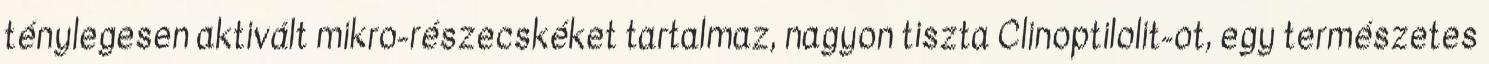
ténylegesen aktivált mikro-részecskéket tartalmaz, nagyon tiszta Clinoptilolit-ot, egy természetes